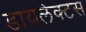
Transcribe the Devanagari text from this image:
डायलेक्टस